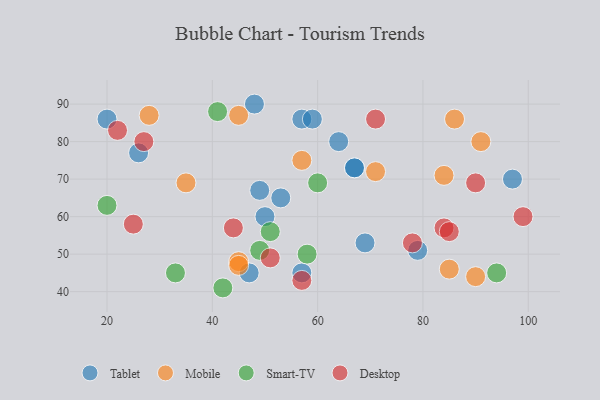
{"axis": {"x": "GDP", "y": "Life Expectancy"}, "legend": ["Desktop", "Mobile", "Smart-TV", "Tablet"], "data": [{"x": "67", "y": 73, "type": "Tablet"}, {"x": "47", "y": 45, "type": "Tablet"}, {"x": "49", "y": 67, "type": "Tablet"}, {"x": "69", "y": 53, "type": "Tablet"}, {"x": "57", "y": 86, "type": "Tablet"}, {"x": "59", "y": 86, "type": "Tablet"}, {"x": "57", "y": 45, "type": "Tablet"}, {"x": "64", "y": 80, "type": "Tablet"}, {"x": "79", "y": 51, "type": "Tablet"}, {"x": "20", "y": 86, "type": "Tablet"}, {"x": "48", "y": 90, "type": "Tablet"}, {"x": "50", "y": 60, "type": "Tablet"}, {"x": "67", "y": 73, "type": "Tablet"}, {"x": "26", "y": 77, "type": "Tablet"}, {"x": "53", "y": 65, "type": "Tablet"}, {"x": "97", "y": 70, "type": "Tablet"}, {"x": "86", "y": 86, "type": "Mobile"}, {"x": "71", "y": 72, "type": "Mobile"}, {"x": "90", "y": 44, "type": "Mobile"}, {"x": "85", "y": 46, "type": "Mobile"}, {"x": "28", "y": 87, "type": "Mobile"}, {"x": "45", "y": 48, "type": "Mobile"}, {"x": "35", "y": 69, "type": "Mobile"}, {"x": "84", "y": 71, "type": "Mobile"}, {"x": "45", "y": 87, "type": "Mobile"}, {"x": "45", "y": 47, "type": "Mobile"}, {"x": "91", "y": 80, "type": "Mobile"}, {"x": "57", "y": 75, "type": "Mobile"}, {"x": "42", "y": 41, "type": "Smart-TV"}, {"x": "94", "y": 45, "type": "Smart-TV"}, {"x": "58", "y": 50, "type": "Smart-TV"}, {"x": "60", "y": 69, "type": "Smart-TV"}, {"x": "51", "y": 56, "type": "Smart-TV"}, {"x": "20", "y": 63, "type": "Smart-TV"}, {"x": "49", "y": 51, "type": "Smart-TV"}, {"x": "41", "y": 88, "type": "Smart-TV"}, {"x": "33", "y": 45, "type": "Smart-TV"}, {"x": "84", "y": 57, "type": "Desktop"}, {"x": "90", "y": 69, "type": "Desktop"}, {"x": "25", "y": 58, "type": "Desktop"}, {"x": "78", "y": 53, "type": "Desktop"}, {"x": "71", "y": 86, "type": "Desktop"}, {"x": "99", "y": 60, "type": "Desktop"}, {"x": "85", "y": 56, "type": "Desktop"}, {"x": "51", "y": 49, "type": "Desktop"}, {"x": "57", "y": 43, "type": "Desktop"}, {"x": "44", "y": 57, "type": "Desktop"}, {"x": "27", "y": 80, "type": "Desktop"}, {"x": "22", "y": 83, "type": "Desktop"}]}